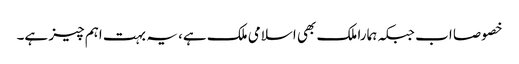
خصوصا اب جبکہ ہمارا ملک بھی اسلامی ملک ہے، یہ بہت اہم چیز ہے۔